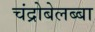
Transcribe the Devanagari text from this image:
चंद्रोबेलब्बा